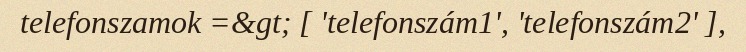
telefonszamok =&gt; [ 'telefonszám1', 'telefonszám2' ],